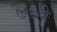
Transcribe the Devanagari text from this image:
७६वे